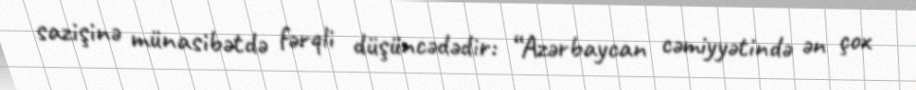
sazişinə münasibətdə fərqli düşüncədədir: “Azərbaycan cəmiyyətində ən çox